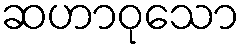
ဆဟာဝုသော